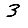
Digit: 3